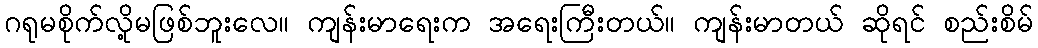
ဂရုမစိုက်လို့မဖြစ်ဘူးလေ။ ကျန်းမာရေးက အရေးကြီးတယ်။ ကျန်းမာတယ် ဆိုရင် စည်းစိမ်